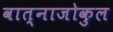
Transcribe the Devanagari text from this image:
वात्नाजोकुल